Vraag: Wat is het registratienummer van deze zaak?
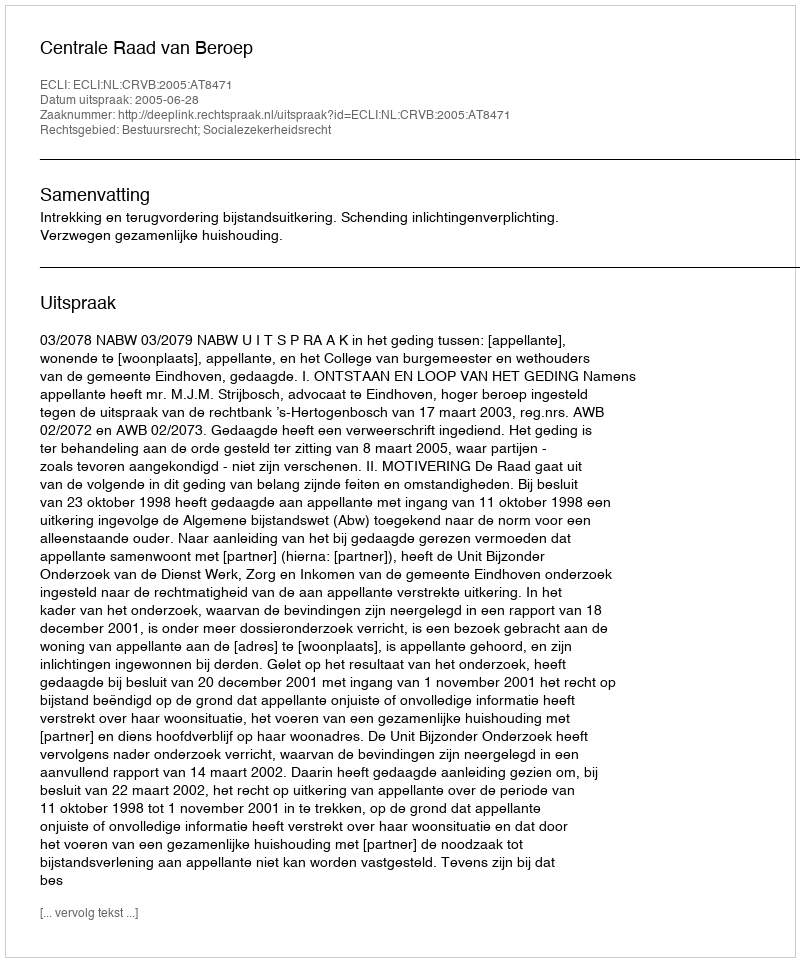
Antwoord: http://deeplink.rechtspraak.nl/uitspraak?id=ECLI:NL:CRVB:2005:AT8471